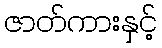
ဇာတ်ကားနှင့်